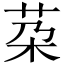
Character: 䒳